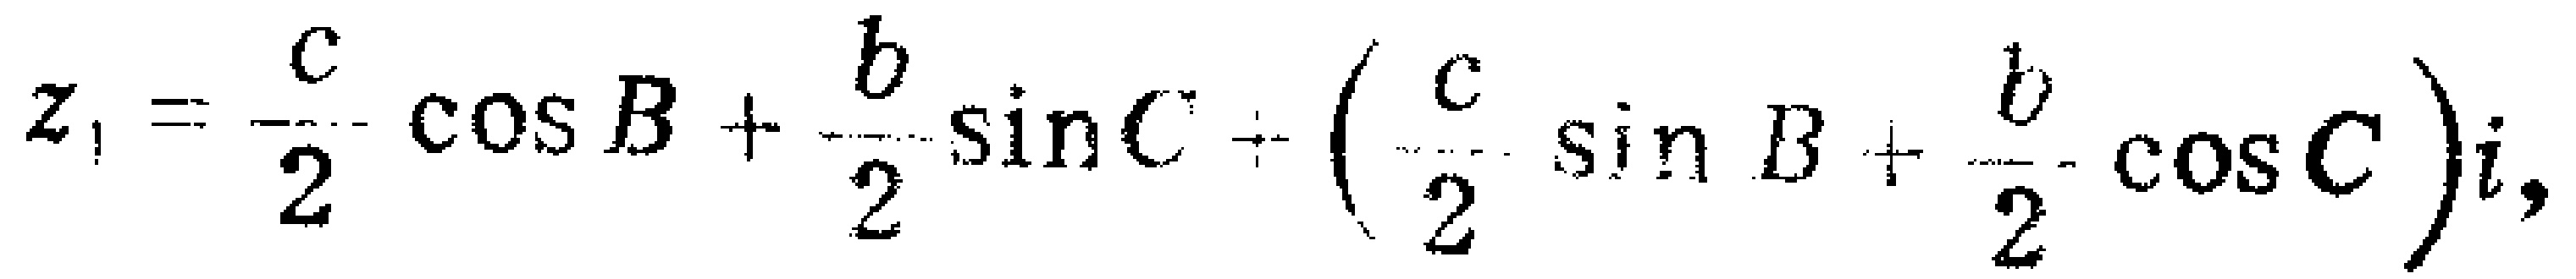
\(z_{1}=\frac{c}{2}\cos B+\frac{b}{2}\sin C+\left(\frac{c}{2}\sin B+\frac{b}{2}\cos C\right)i,\)